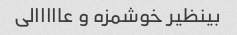
بینظیر خوشمزه و عااااالی